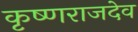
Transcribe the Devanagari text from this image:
कृष्णराजदेव